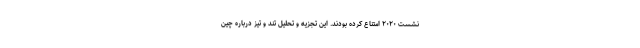
نشست ۲۰۲۰ امتناع کرده بودند. این تجزیه و تحلیل تند و تیز درباره چین